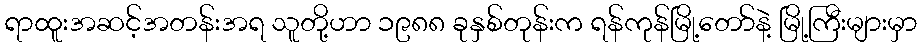
ရာထူးအဆင့်အတန်းအရ သူတို့ဟာ ၁၉၈၈ ခုနှစ်တုန်းက ရန်ကုန်မြို့တော်နဲ့ မြို့ကြီးများမှာ